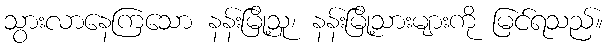
သွားလာနေကြသော နန်းမြို့သူ၊ နန်းမြို့သားများကို မြင်ရသည်။